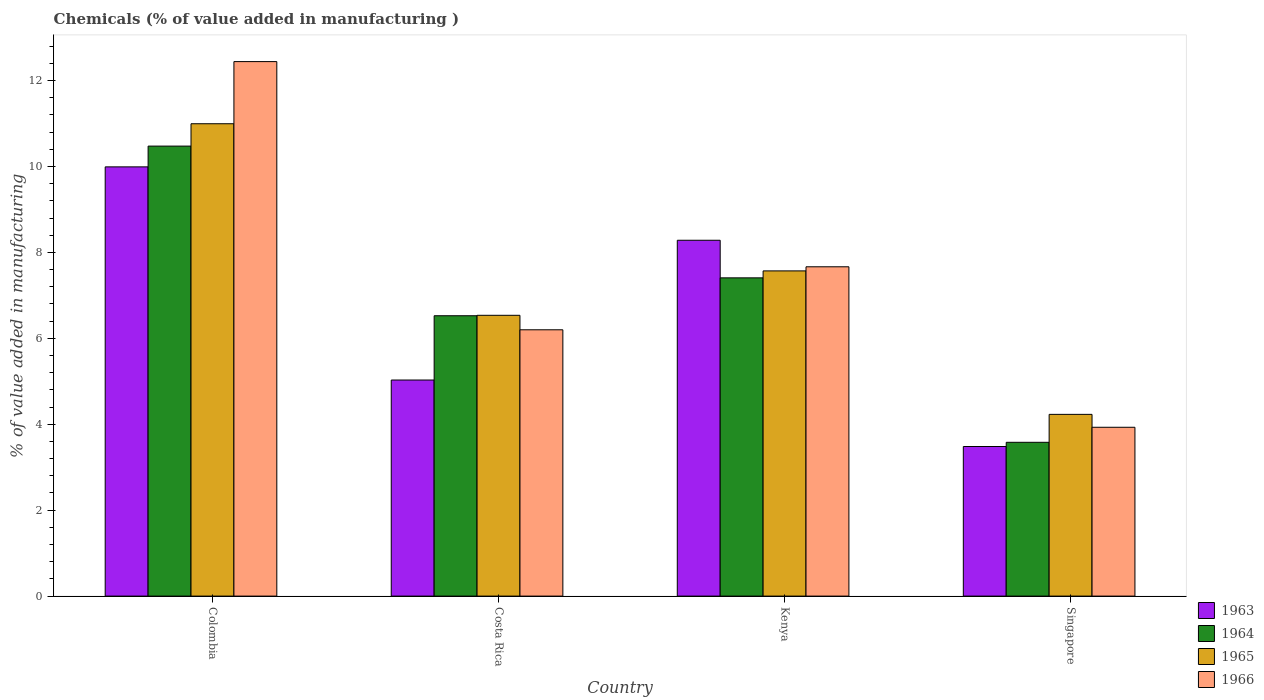
| Country | 1963 | 1964 | 1965 | 1966 |
 | --- | --- | --- | --- | --- |
 | Colombia | 9.99 | 10.5 | 11 | 12.4 |
 | Costa Rica | 5.03 | 6.53 | 6.54 | 6.2 |
 | Kenya | 8.28 | 7.41 | 7.57 | 7.67 |
 | Singapore | 3.48 | 3.58 | 4.23 | 3.93 |